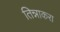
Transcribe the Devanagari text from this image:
तिन्नाकरा